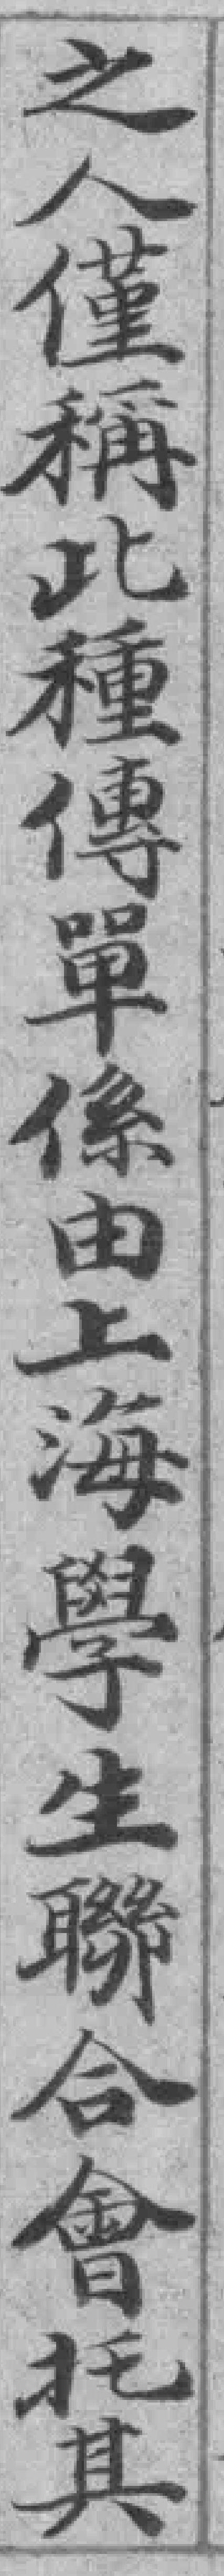
之人僅稱此種傳單係由上海學生聯合會托其